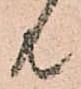
共